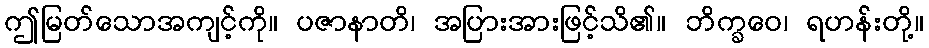
ဤမြတ်သောအကျင့်ကို။ ပဇာနာတိ၊ အပြားအားဖြင့်သိ၏။ ဘိက္ခဝေ၊ ရဟန်းတို့။